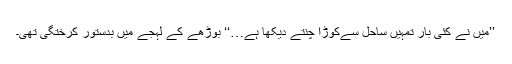
’’مَیں نے کئی بار تمہیں ساحل سےکُوڑا چُنتے دیکھا ہے…‘‘ بوڑھے کے لہجے میں بدستور کرختگی تھی۔